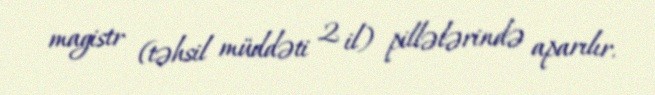
magistr (təhsil müddəti 2 il) pillələrində aparılır.